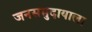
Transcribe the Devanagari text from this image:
जनसमुदायाला